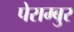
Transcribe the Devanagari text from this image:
पेराम्बुर